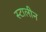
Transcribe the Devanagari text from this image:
स्टालीन